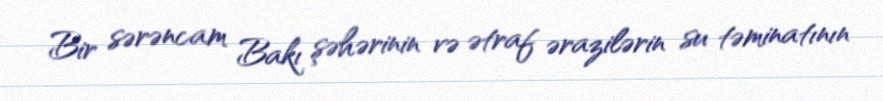
Bir sərəncam Bakı şəhərinin və ətraf ərazilərin su təminatının